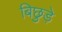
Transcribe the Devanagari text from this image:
बिछुड़े